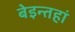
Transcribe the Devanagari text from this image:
बेइन्तहां